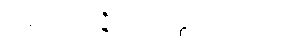
အဝိဿဇ္ဇိယဝတ္ထုကထာ။